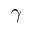
\gamma